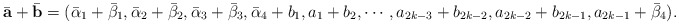
\begin{align*}\bar{\mathbf{a}}+\bar{\mathbf{b}}=(\bar{\alpha}_1+\bar{\beta}_1,\bar{\alpha}_2+\bar{\beta}_2,\bar{\alpha}_3+\bar{\beta}_3,\bar{\alpha}_4+b_1,a_1+b_2,\cdots,a_{2k-3}+b_{2k-2},a_{2k-2}+b_{2k-1},a_{2k-1}+\bar{\beta}_4).\end{align*}